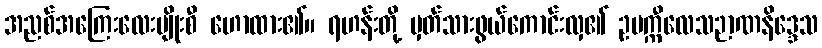
အညစ်အကြေးလေးမျိုးစီ ဟောထား၏။ ရဟန်းတို့ မှတ်သားဖွယ်ကောင်းလှ၏ ဥပက္ကီလေသဉာဏနိဒ္ဒေသ